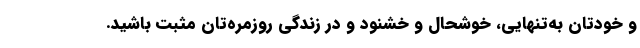
و خودتان به‌تنهایی، خوشحال و خشنود و در زندگی روزمره‌تان مثبت باشید.